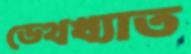
ডেথখ্যাত